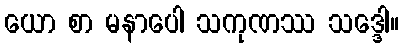
ယော စာ မနာပေါ သကုဏဿ သဒ္ဒေါ။